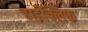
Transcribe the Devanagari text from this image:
हाईक्लिफ